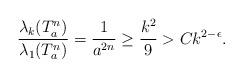
LaTeX: \begin{align*}\frac{\lambda_k(T_a^n)}{\lambda_1(T_a^n)}=\frac{1}{a^{2n}}\geq \frac{k^2}{9}>Ck^{2-\epsilon}.\end{align*}